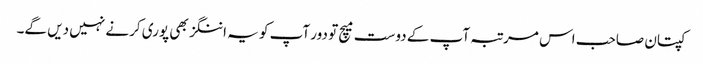
کپتان صاحب اس مرتبہ آپ کے دوست میچ تو دور آپ کو یہ اننگز بھی پوری کرنے نہیں دیں گے۔